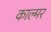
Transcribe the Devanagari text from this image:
काल्मर